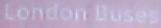
London Buses